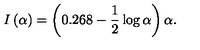
I \left( \alpha \right) = \left( { 0 . 2 6 8 - \frac { 1 } { 2 } \log \alpha } \right) \alpha .